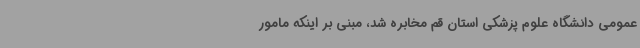
عمومی دانشگاه علوم پزشکی استان قم مخابره شد، مبنی بر اینکه مامور